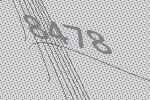
8478